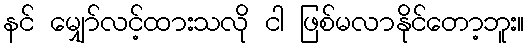
နင် မျှော်လင့်ထားသလို ငါ ဖြစ်မလာနိုင်တော့ဘူး။